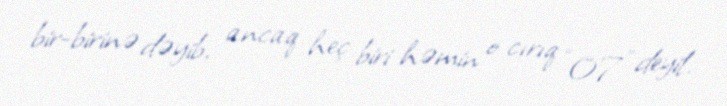
bir-birinə dəyib, ancaq heç biri həmin o cırıq “07” deyil.